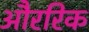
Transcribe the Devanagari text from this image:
औररिक